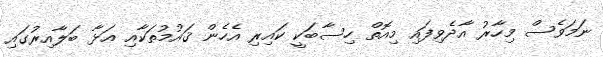
ނަމަވެސް މިހާރު އާދެވިފައި މިއޮތް ހިސާބަކީ ކައިރި އެހެން ޤައުމުތަކާއި އަޅާ ބަލާއިރުގައި